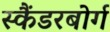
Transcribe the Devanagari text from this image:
स्कैंडरबोर्ग